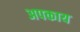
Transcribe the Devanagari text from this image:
अपकाय